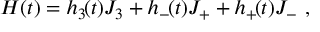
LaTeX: H ( t ) = h _ { 3 } \! ( t ) J _ { 3 } + h _ { - } \! ( t ) J _ { + } + h _ { + } \! ( t ) J _ { - } \ ,